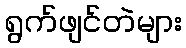
ရွက်ဖျင်တဲများ